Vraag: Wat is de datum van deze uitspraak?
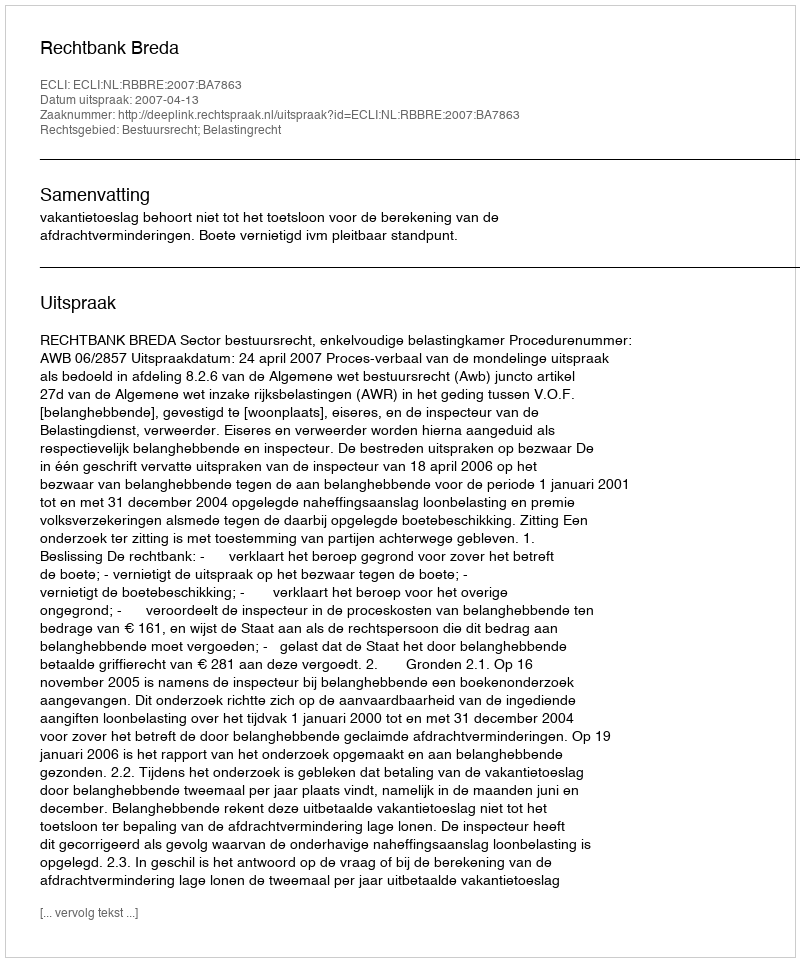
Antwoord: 2007-04-13